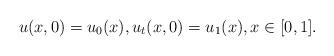
LaTeX: \begin{align*}u(x,0)=u_0(x), u_t(x,0)=u_1(x), x\in[0,1].\end{align*}